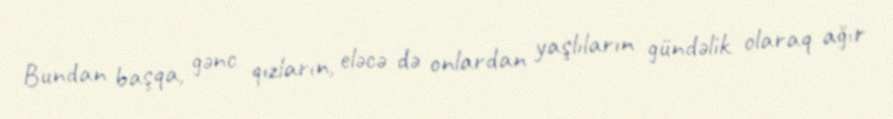
Bundan başqa, gənc qızların, eləcə də onlardan yaşlıların gündəlik olaraq ağır